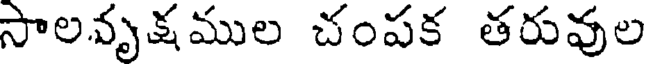
సాలవృక్షముల చంపక తరువుల